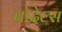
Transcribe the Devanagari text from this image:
बोदेल्स